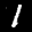
Label: 1